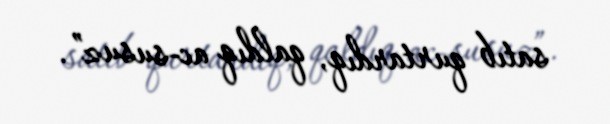
satıb qurtardıq, qaldıq ac-susuz”.